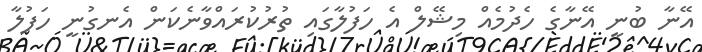
އޭނާ ބުނީ އޭނާގެ ހެދުމެއް މިޝޭލް އެ ހަފުލާގައި ތުރުކުރައްވާނެކަން އެނގުނީ ހަފުލާ